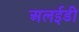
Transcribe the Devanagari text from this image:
अलईडी